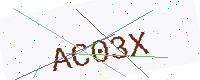
Text: AC03X